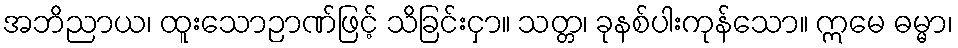
အဘိညာယ၊ ထူးသောဉာဏ်ဖြင့် သိခြင်းငှာ။ သတ္တ၊ ခုနစ်ပါးကုန်သော။ ဣမေ ဓမ္မာ၊